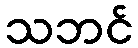
သဘင်